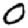
Digit: 0